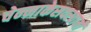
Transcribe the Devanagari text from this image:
चेन्‍नाकेसवस्‍वामी